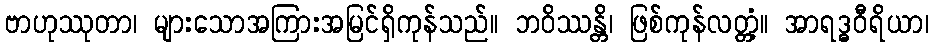
ဗာဟုဿုတာ၊ များသောအကြားအမြင်ရှိကုန်သည်။ ဘဝိဿန္တိ၊ ဖြစ်ကုန်လတ္တံ့။ အာရဒ္ဓဝီရိယာ၊